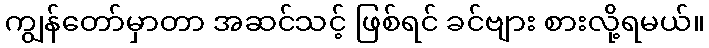
ကျွန်တော်မှာတာ အဆင်သင့် ဖြစ်ရင် ခင်ဗျား စားလို့ရမယ်။